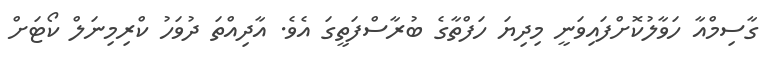
ގާސިމްއާ ހަވާލުކޮށްފައިވަނީ މިދިޔަ ހަފްތާގެ ބުރާސްފަތީގަ އެވެ. އާދިއްތަ ދުވަހު ކްރިމިނަލް ކޯޓަށް